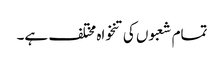
تمام شعبوں کی تنخواہ مختلف ہے۔